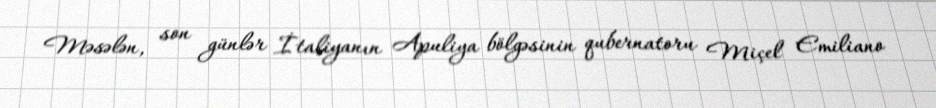
Məsələn, son günlər İtaliyanın Apuliya bölgəsinin qubernatoru Miçel Emiliano